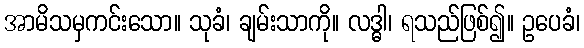
အာမိသမှကင်းသော။ သုခံ၊ ချမ်းသာကို။ လဒ္ဓါ၊ ရသည်ဖြစ်၍။ ဥပေခံ၊